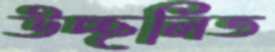
উচ্ছলিত